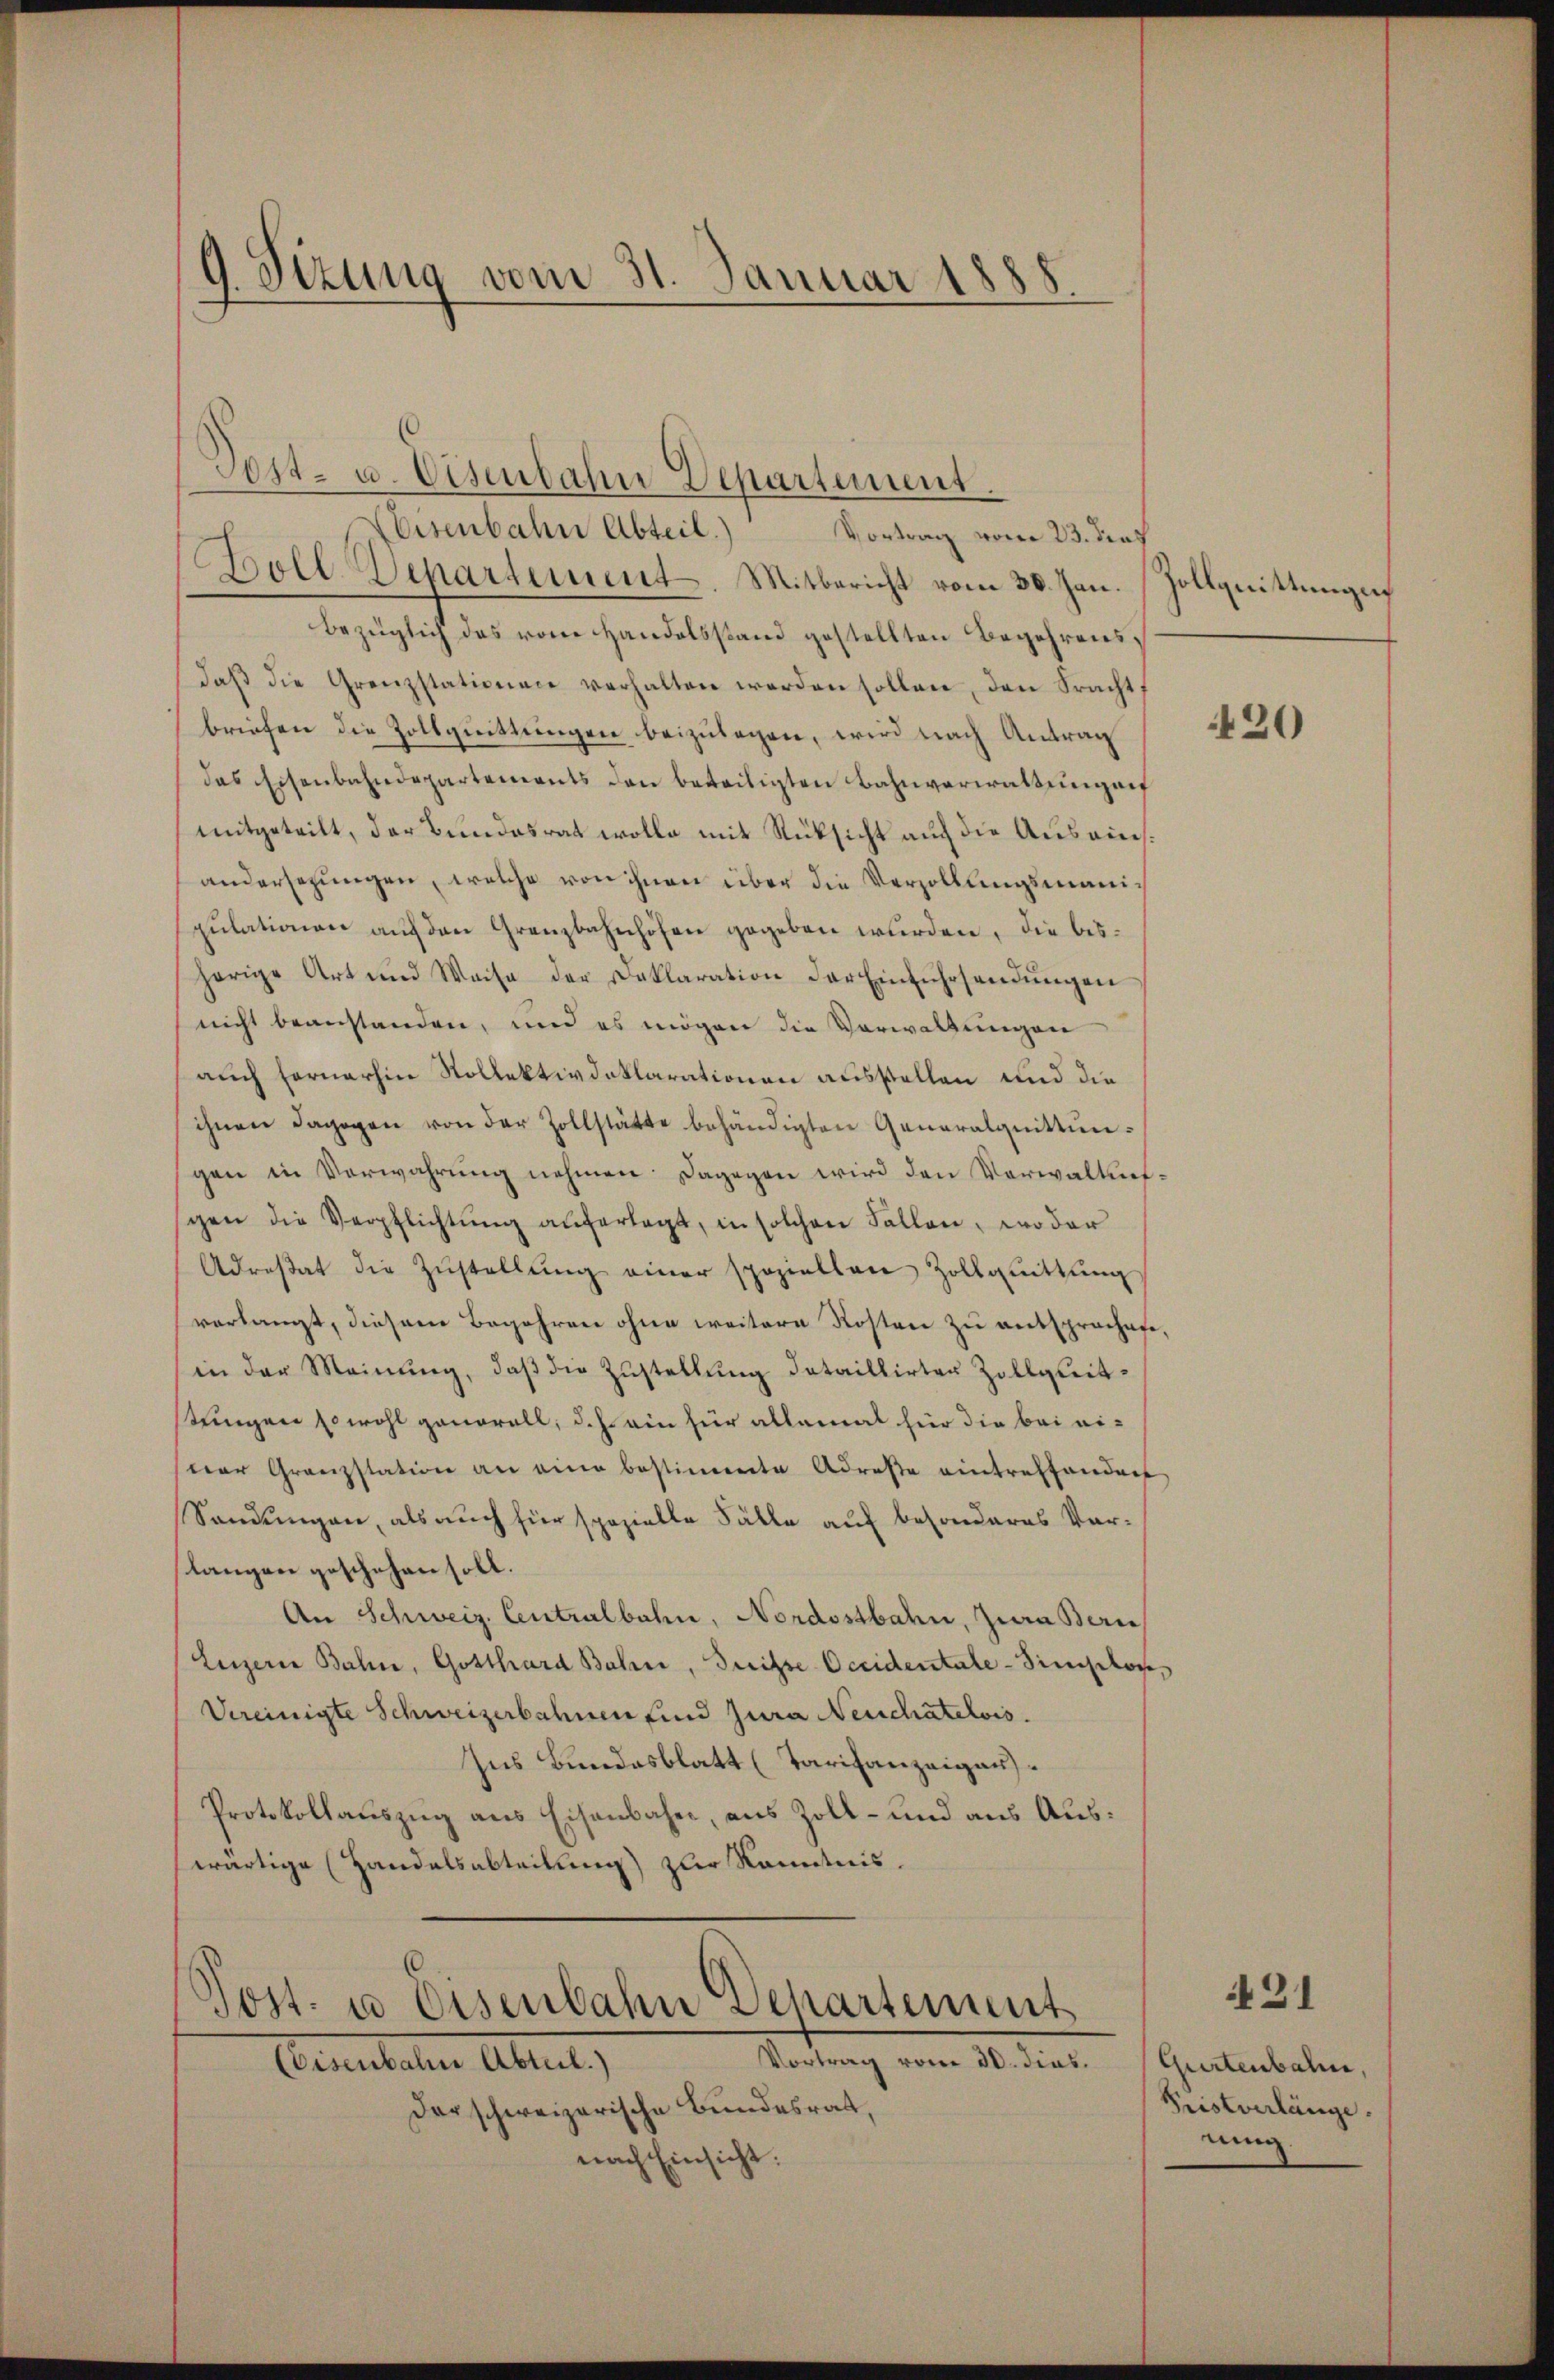
Sizung vom 31. Januar 1888
)

Post- u. Eisenbahn Departement.
Boll Departement. Mitbericht vom 30. Jan. Zollquittungen
bezüglich das vom Handelsstand gestellten Begehrensdaβ die Grenzstationen verhalten werden sollen, den Fracht,
briefen die Zollquittungen beizulegen, wird nach Antrag
das Eisenbahndepartements den beteiligten Bahnverwaltungen
mitgeteilt, der Bundesrat wolle mit Rüksicht auch die Auseinsandersezungen, welche von ihnen über die Verzöllungsmanipulationen auf den Grenzbahnhöfen gegeben wurden, die bisherige Art und Weise der Deklaration der Einfuhrsandŭngen
nicht beanstanden, und es mögen die Vorwaltungen
auch fernerhin Rollektivdaklarationen ausstellen und die
ihnen dagegen von der Zollstätte behändigten Generalquittungen in Verwahrung nehmen. Dagegen wird den Verwaltunggen die Verpflichtung auferlegt, in solchen Fallen, wo dar
Adrestat die Zŭstellŭng einer speziellen Zollquittŭng
verlangt, diesem Begehren ohne weitere Kosten zu entsprachete,
in der Meinŭng, daβ die Zŭstellŭng dataillirten Zollgleittungen sowohl genorall, d. h. ein für allemal für die bei eitar Granzstation an eine bestimmte Adrese eintreffenden
Sendungen, als auch für spezielle Fälle auf besonderes Vor-
langen geschehen soll.
An Schweiz. Centralbahn, Nordostbahn, Jura Bern
Luzern Bahn, Gotthard Bahn, Grisse Occidentale-Singslos,
Vereinigte Schweizerbahnen sind jura Neuchâtelois.
Ins Bundesblatt (Tarifanzeigaus¬
Protokollauszug aus Eisenbahn, aus Zoll- und aus Auswärtige (Handelsabteilung zur Kenntnis.

Eisenbahn Abteil. Vortrag vom 23. dies

Post- u Eisenbahn Departement
Vortrag vom 30. dies
Generalen Abent

Der schweizerische Bundesrat,
nach Einsicht:

420

421

Gurtenbahn,
Fristverlänge.
nung